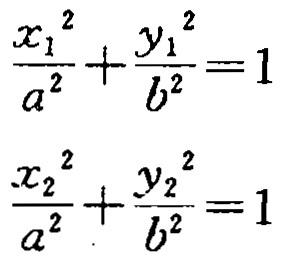
\[\frac{x_{1}^{2}}{a^{2}}+\frac{y_{1}^{2}}{b^{2}} = 1\]
\[\frac{x_{2}^{2}}{a^{2}}+\frac{y_{2}^{2}}{b^{2}} = 1\]